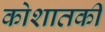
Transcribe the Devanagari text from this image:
कोशातकी